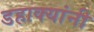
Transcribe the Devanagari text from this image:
डहाक्यांनी